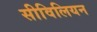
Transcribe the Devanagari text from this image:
सीविलियन